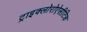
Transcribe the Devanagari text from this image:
ट्राइक्लोरोऐसीटिक